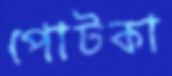
পোটকা